Scottish Leaving Certificate Examination, 1951
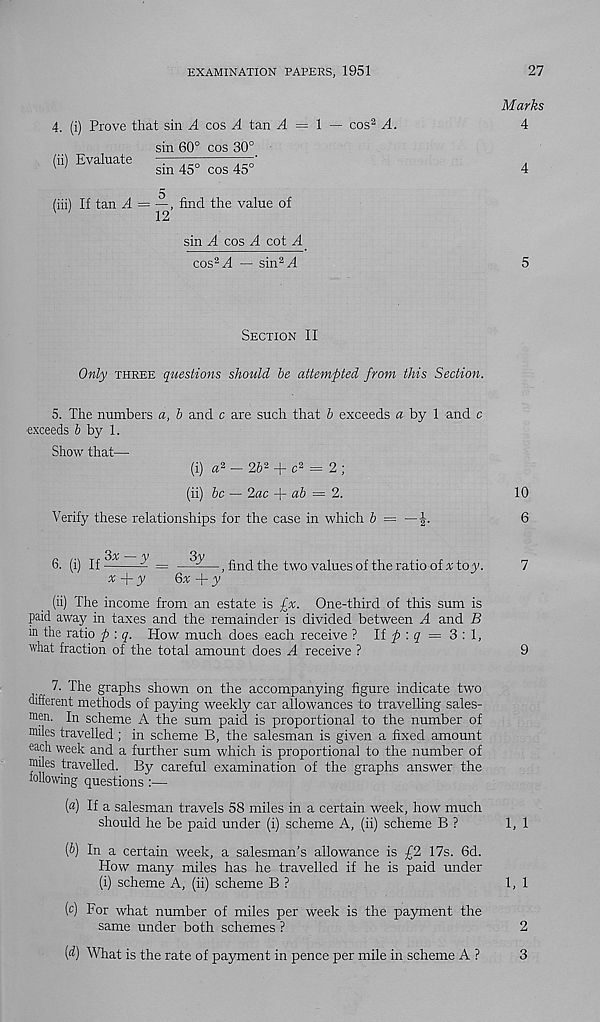
EXAMINATION PAPERS, 1951
27
4. (i) Prove that sin A cos A tan ^4 = 1
(ii) Evaluate
sin 60° cos 30°_
sin 45° cos 45°
/iii) If tan A —
find the value of
v ’
12
sin A cos A cot A
cos 2 Al — sin 2 ^4
cos 2 A.
Marks
4
4
5
SECTION II
Only THREE questions should he attempted from this Section.
5. The numbers a, h and c are such that b exceeds a by 1 and c
exceeds 6 by 1.
Show that—■
(i) « 2 - 26 2 + c 2 = 2 ;
(ii) he — 2ac -f ah = 2.
10
Verify these relationships for the case in which h = —6
v
3y
6. (i) If
A =
—, find the two values of the ratio of «toy.
7
x f-y
6* + y
(ii) The income from an estate is £x. One-third of this sum is
paid away in taxes and the remainder is divided between A and B
in the ratio p : q. How much does each receive ? If
^ = 3 : 1,
what fraction of the total amount does A receive ?
9
7. The graphs shown on the accompanying figure indicate two
different methods of paying weekly car allowances to travelling sales-
men. In scheme A the sum paid is proportional to the number of
miles travelled; in scheme B, the salesman is given a fixed amount
each week and a further sum which is proportional to the number of
miles travelled. By careful examination of the graphs answer the
following questions :—
(«) If a salesman travels 58 miles in a certain week, how much
should he be paid under (i) scheme A, (ii) scheme B ?
1, 1
(b) In a certain week, a salesman’s allowance is £2 17s. 6d.
How many miles has he travelled if he is paid under
(i) scheme A, (ii) scheme B ?
1,1
(c) For what number of miles per week is the payment the
same under both schemes ?
2
(d) What is the rate of payment in pence per mile in scheme A ?
3